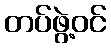
တပ်ဖွဲ့ဝင်